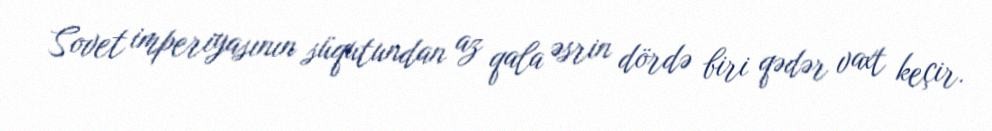
Sovet imperiyasının süqutundan az qala əsrin dördə biri qədər vaxt keçir.